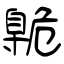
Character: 臲